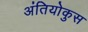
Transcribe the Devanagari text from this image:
अंतियोकुस